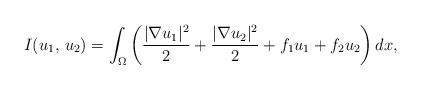
LaTeX: \begin{align*}I(u_1,\,u_2)=\int_{\Omega}\left(\frac{|\nabla u_{1}|^2}{2}+\frac{ |\nabla u_{2}|^{2}}{2}+ f_{1}u_1+ f_{2}u_{2} \right)dx,\end{align*}